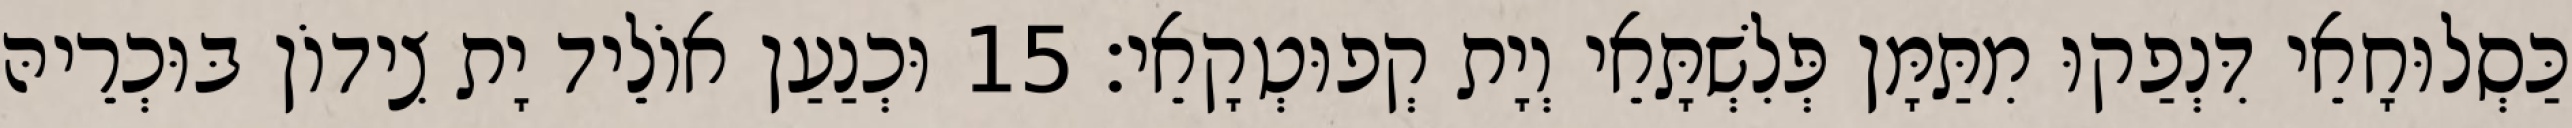
כַּסְלוּחָאֵי דִּנְפַקוּ מִתַּמָּן פְּלִשְׁתָּאֵי וְיָת קְפוּטְקָאֵי׃ 15 וּכְנַעַן אוֹלֵיד יָת צִידוֹן בּוּכְרֵיהּ